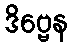
ဒိဗ္ဗေန